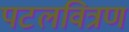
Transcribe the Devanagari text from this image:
पटलवित्रण